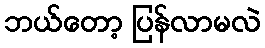
ဘယ်တော့ ပြန်လာမလဲ